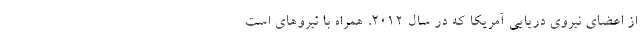
از اعضای نیروی دریایی آمریکا که در سال ۲۰۱۲، همراه با نیروهای است